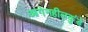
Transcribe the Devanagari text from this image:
आगेनहीलकुंडे